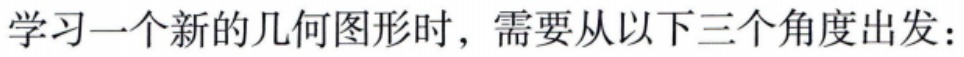
学习一个新的几何图形时，需要从以下三个角度出发：